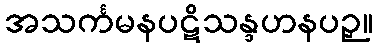
အသင်္ကမနပဋိသန္ဒဟနပဉှ။